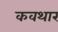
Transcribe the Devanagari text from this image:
कवथार